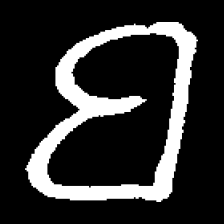
Pyu character \u2014 Myanmar letter: ဗ (romanized: ba)